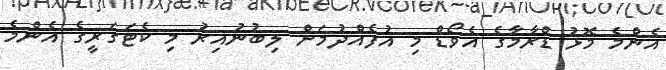
އެންމެ މޮޅު ޑްރާމާގެ އެވޯޑް މި އުފެއްދުމަށް ލިބުނުއިރު މި ކެޓަގަރީގެ އެންމެ